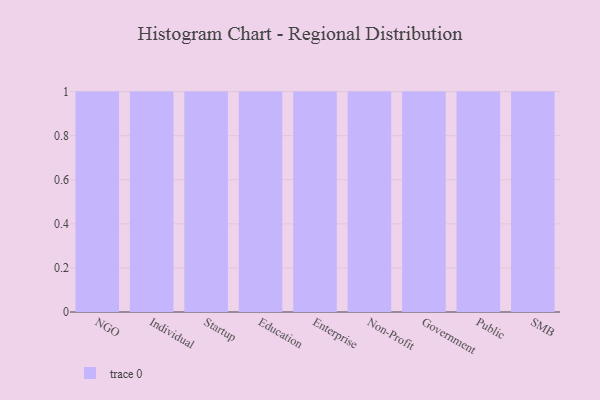
{"axis": {"x": "Segment", "y": "Backlog"}, "legend": [""], "data": [{"x": "NGO", "y": 72, "type": ""}, {"x": "Individual", "y": 94, "type": ""}, {"x": "Startup", "y": 1, "type": ""}, {"x": "Education", "y": 1, "type": ""}, {"x": "Enterprise", "y": 16, "type": ""}, {"x": "Non-Profit", "y": 92, "type": ""}, {"x": "Government", "y": 94, "type": ""}, {"x": "Public", "y": 27, "type": ""}, {"x": "SMB", "y": 64, "type": ""}]}